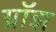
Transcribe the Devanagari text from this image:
ग्रॉझ